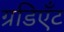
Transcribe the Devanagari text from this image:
ग्रडिएँट